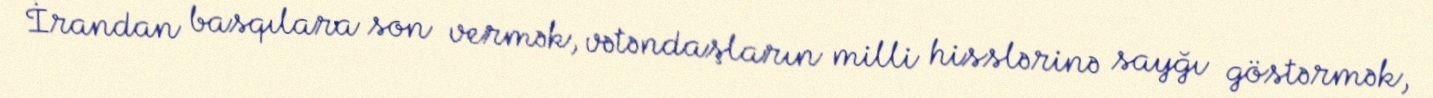
İrandan basqılara son vermək, vətəndaşların milli hisslərinə sayğı göstərmək,